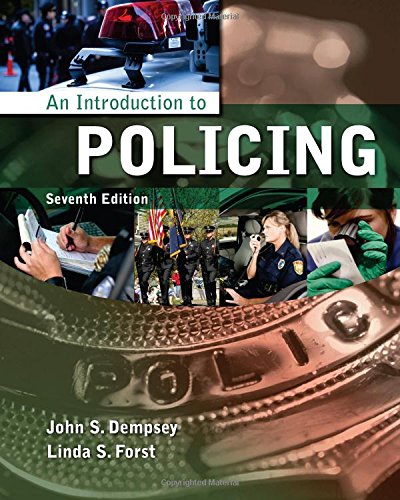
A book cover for An Introduction to Policing; John S. Dempsey; Law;